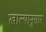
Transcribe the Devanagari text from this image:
खात्यानुसार